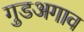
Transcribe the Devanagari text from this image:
गुडअगाव